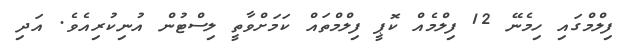
ފިލްމްގައި ހިމެނޭ 12 ފިލްމެއް ކޮޕީ ފިލްމްތައް ކަމަށްވާތީ ލިސްޓުން އުނިކުރިއެވެ. އަދި